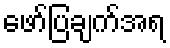
ဖော်ပြချက်အရ